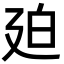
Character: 廹